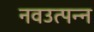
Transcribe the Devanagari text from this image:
नवउत्पन्न